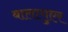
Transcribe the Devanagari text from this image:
बालागुएर